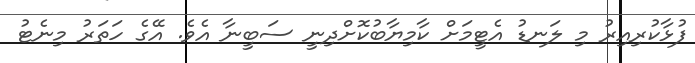
ފުޅާކުރިއިރު މި ލަނޑު އެޓީމަށް ކާމިޔާބުކޮށްދިނީ ސަބީނާ އެވެ. އޭގެ ހަތަރު މިނެޓު